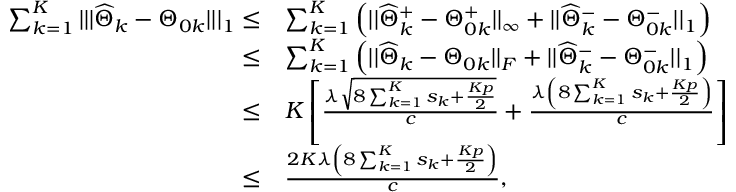
\begin{array} { r l } { \sum _ { k = 1 } ^ { K } | | | \widehat { \Theta } _ { k } - \Theta _ { 0 k } | | | _ { 1 } \leq } & { \sum _ { k = 1 } ^ { K } \Big ( | | \widehat { \Theta } _ { k } ^ { + } - \Theta _ { 0 k } ^ { + } | | _ { \infty } + | | \widehat { \Theta } _ { k } ^ { - } - \Theta _ { 0 k } ^ { - } | | _ { 1 } \Big ) } \\ { \leq } & { \sum _ { k = 1 } ^ { K } \Big ( | | \widehat { \Theta } _ { k } - \Theta _ { 0 k } | | _ { F } + | | \widehat { \Theta } _ { k } ^ { - } - \Theta _ { 0 k } ^ { - } | | _ { 1 } \Big ) } \\ { \leq } & { K \left[ \frac { \lambda \sqrt { 8 \sum _ { k = 1 } ^ { K } s _ { k } + \frac { K p } { 2 } } } { c } + \frac { \lambda \left( 8 \sum _ { k = 1 } ^ { K } s _ { k } + \frac { K p } { 2 } \right) } { c } \right] } \\ { \leq } & { \frac { 2 K \lambda \left( 8 \sum _ { k = 1 } ^ { K } s _ { k } + \frac { K p } { 2 } \right) } { c } , } \end{array}